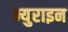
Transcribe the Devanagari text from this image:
म्युराइन